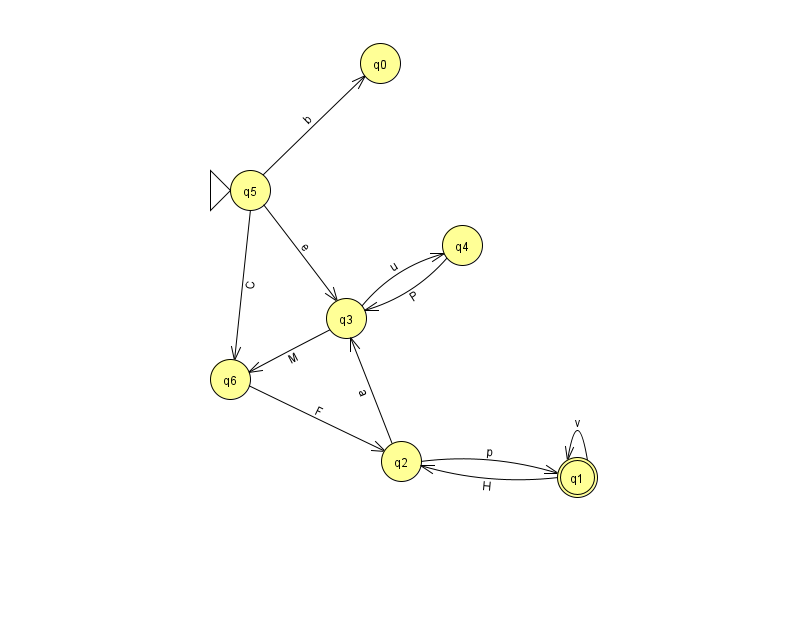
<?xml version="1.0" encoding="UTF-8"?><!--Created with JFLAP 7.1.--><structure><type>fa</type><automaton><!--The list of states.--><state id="0" name="q0"><x>380.0</x><y>50.0</y></state><state id="1" name="q1"><x>577.0</x><y>464.0</y><final/></state><state id="2" name="q2"><x>401.0</x><y>448.0</y></state><state id="3" name="q3"><x>346.0</x><y>305.0</y></state><state id="4" name="q4"><x>462.0</x><y>232.0</y></state><state id="5" name="q5"><x>250.0</x><y>177.0</y><initial/></state><state id="6" name="q6"><x>230.0</x><y>366.0</y></state><!--The list of transitions.--><transition><from>5</from><to>0</to><read>b</read></transition><transition><from>3</from><to>6</to><read>M</read></transition><transition><from>5</from><to>3</to><read>e</read></transition><transition><from>1</from><to>2</to><read>H</read></transition><transition><from>2</from><to>3</to><read>a</read></transition><transition><from>3</from><to>4</to><read>u</read></transition><transition><from>1</from><to>1</to><read>v</read></transition><transition><from>4</from><to>3</to><read>P</read></transition><transition><from>6</from><to>2</to><read>F</read></transition><transition><from>2</from><to>1</to><read>p</read></transition><transition><from>5</from><to>6</to><read>C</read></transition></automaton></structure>